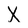
Character: X